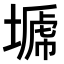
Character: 𭏣